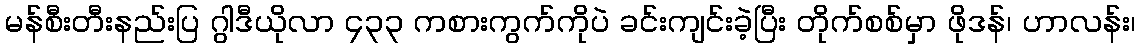
မန်စီးတီးနည်းပြ ဂွါဒီယိုလာ ၄၃၃ ကစားကွက်ကိုပဲ ခင်းကျင်းခဲ့ပြီး တိုက်စစ်မှာ ဖိုဒန်၊ ဟာလန်း၊